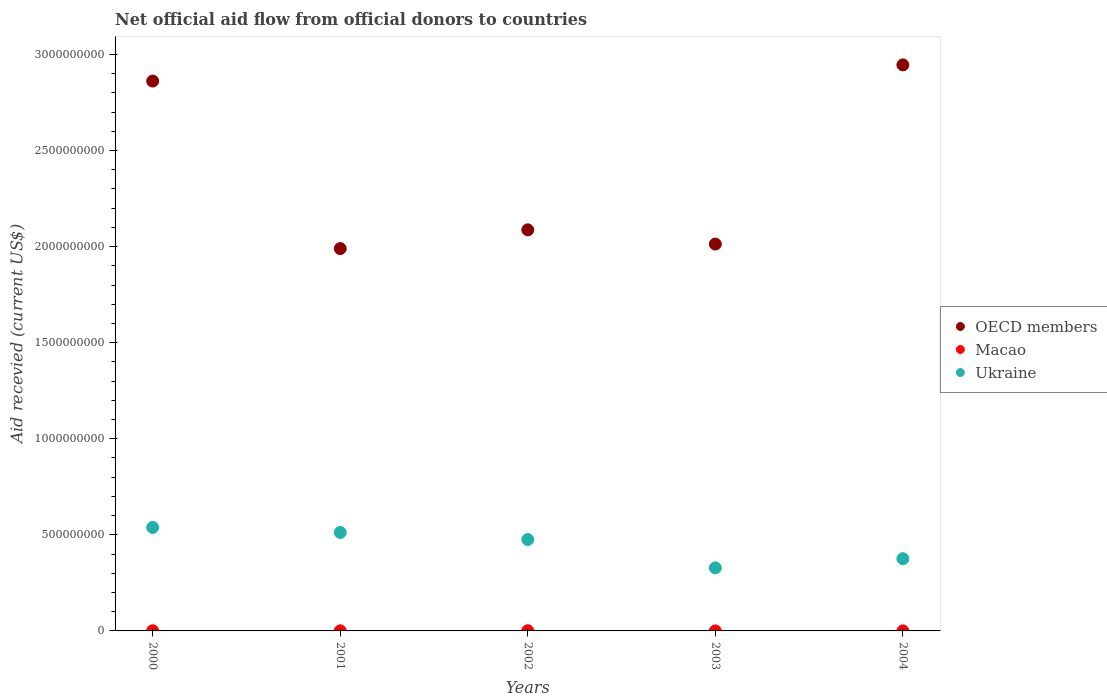
| Years | OECD members | Macao | Ukraine |
 | --- | --- | --- | --- |
 | 2000 | 2.86e+09 | 6.8e+05 | 5.39e+08 |
 | 2001 | 1.99e+09 | 5.3e+05 | 5.12e+08 |
 | 2002 | 2.09e+09 | 9.8e+05 | 4.76e+08 |
 | 2003 | 2.01e+09 | 1.3e+05 | 3.28e+08 |
 | 2004 | 2.95e+09 | 1.2e+05 | 3.76e+08 |